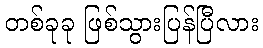
တစ်ခုခု ဖြစ်သွားပြန်ပြီလား